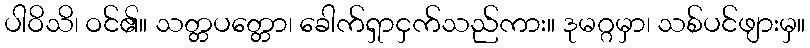
ပါဝိသိ၊ ဝင်၏။ သတ္တပတ္တော၊ ခေါက်ရှာငှက်သည်ကား။ ဒုမဂ္ဂမှာ၊ သစ်ပင်ဖျားမှ။